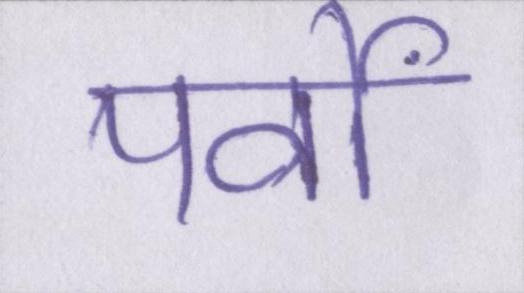
पर्वों